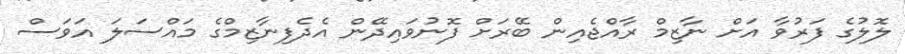
ލޮލުގެ ފަރުވާ އަށް ނާޒިމް ރާއްޖެއިން ބޭރަށް ފޮނުވައިދޭން އެދެފިނާޒިމްގެ މައްސަލަ އަވަސް